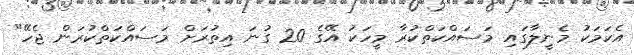
އެކަމަކު މެނީލާގައި މަސައްކަތްކުރާ މީހަކު އޭގެ 20 ގުނަ އިތުރަށް މަސައްކަތްކުރަން ޖެހޭ"